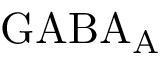
\mathrm { G A B A _ { A } }